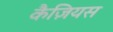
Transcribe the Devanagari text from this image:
कैज़ियस